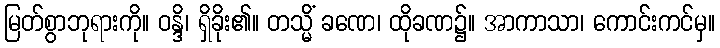
မြတ်စွာဘုရားကို။ ဝန္ဒိ၊ ရှိခိုး၏။ တသ္မိံ ခဏေ၊ ထိုခဏ၌။ အာကာသာ၊ ကောင်းကင်မှ။